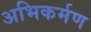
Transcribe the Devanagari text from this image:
अभिकर्मण